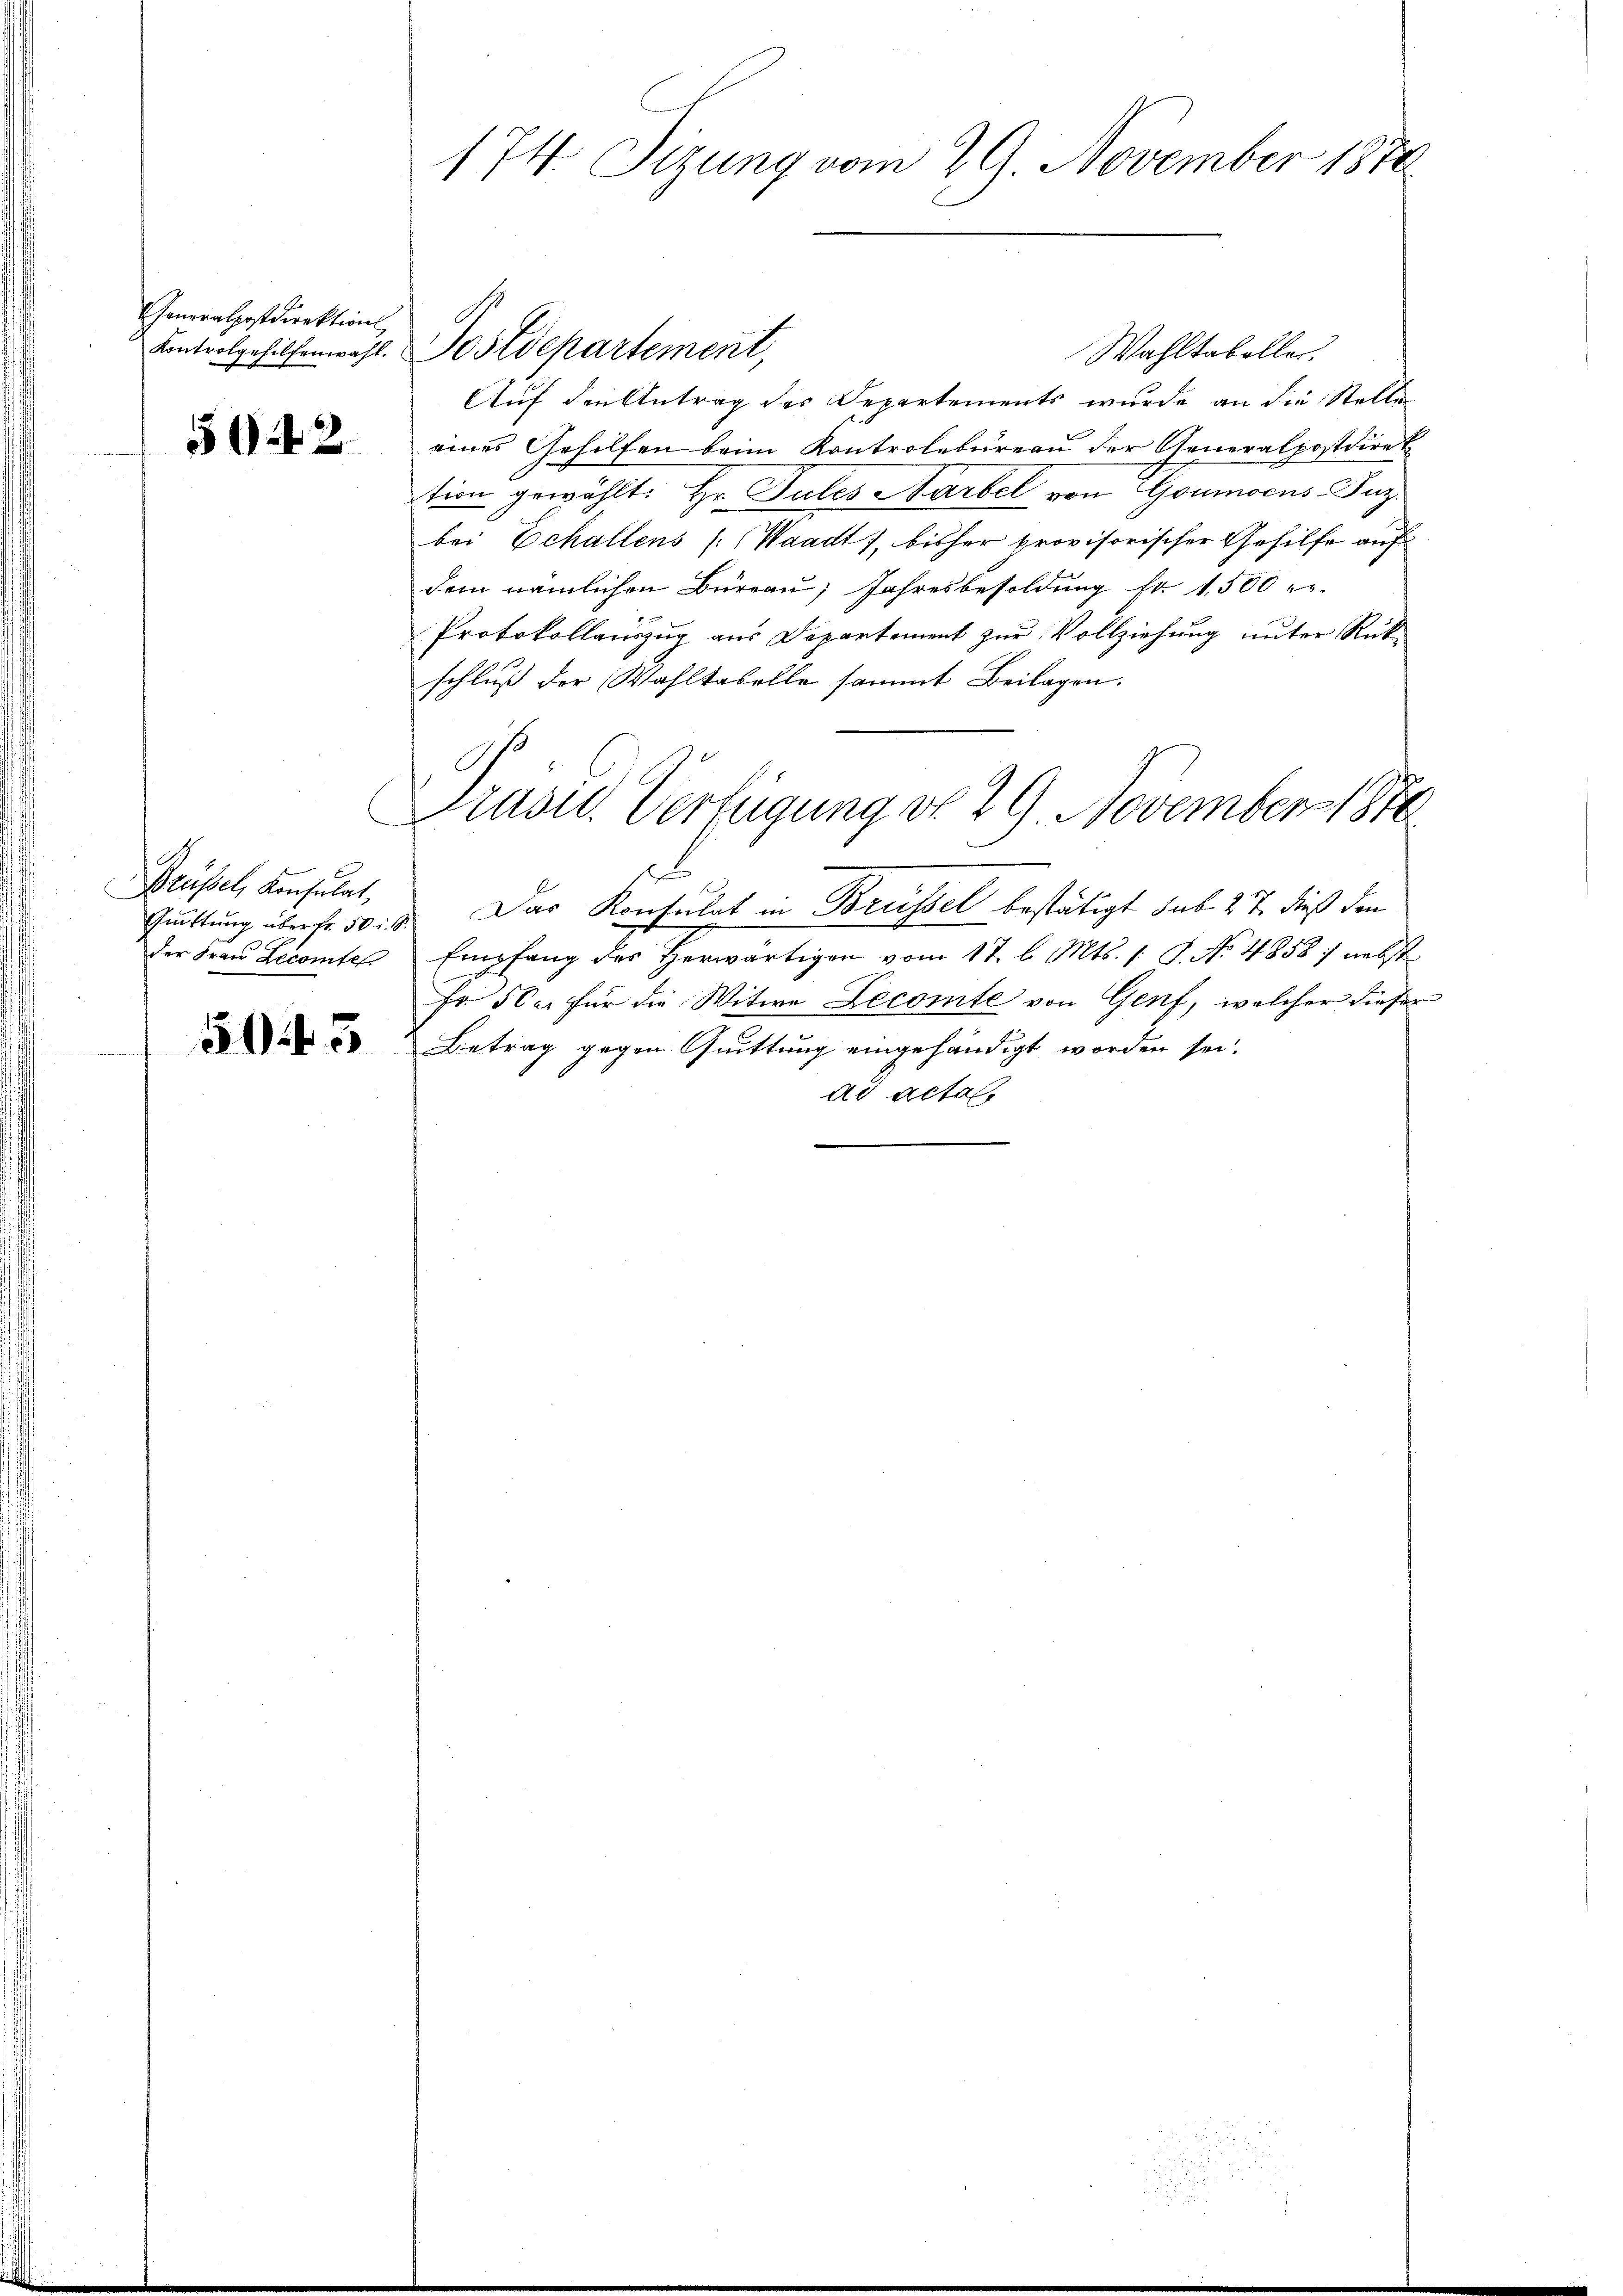
Generalpostdirektion,

5942

Brüssel, Konsulat,

51 f 3

174. Sizung vom 29. November 1870

Wahltabelle.
Auf den Antrag des Departements wurde an die Stelle
eines Gehilfen beim Kontrolbureau der Generalpostdiret
tion gewählt: Hr. Gutes Narbel von Goumocus JJuz.
bei Echallens /: (Waadt, bisher provisorischer Gehilfe auf
dem nämlichen Büreau, Jahresbesoldung fr. 1500
Protokollauszug aus Departement zur Vollziehung unter Rück-
schluß der Wahltabelle sammt Beilagen.
Präsid. Verfügung d. 29. November 1840.
x
Quittung über fr. 50. 8. Das Konsulat in Brüssel bestätigt sub 27. dieß den
der Frau Lecomtes Empfang des herwärtigen vom 17. l. Mts. s. S. No. 4858: nebst
Fr. 500. für die Witwe Lecomte von Genf, welcher dieser
Betrag gegen Quittung eingehändigt worden sei.
ad acta

Kontrolgehilfenwahl. Postdepartement,